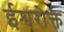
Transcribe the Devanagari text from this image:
ईश्वरोक्त